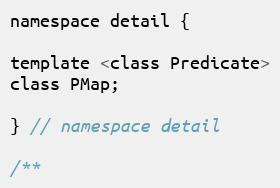
Language: C
namespace detail {

template <class Predicate>
class PMap;

} // namespace detail

/**